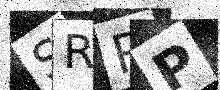
Text: SRRP